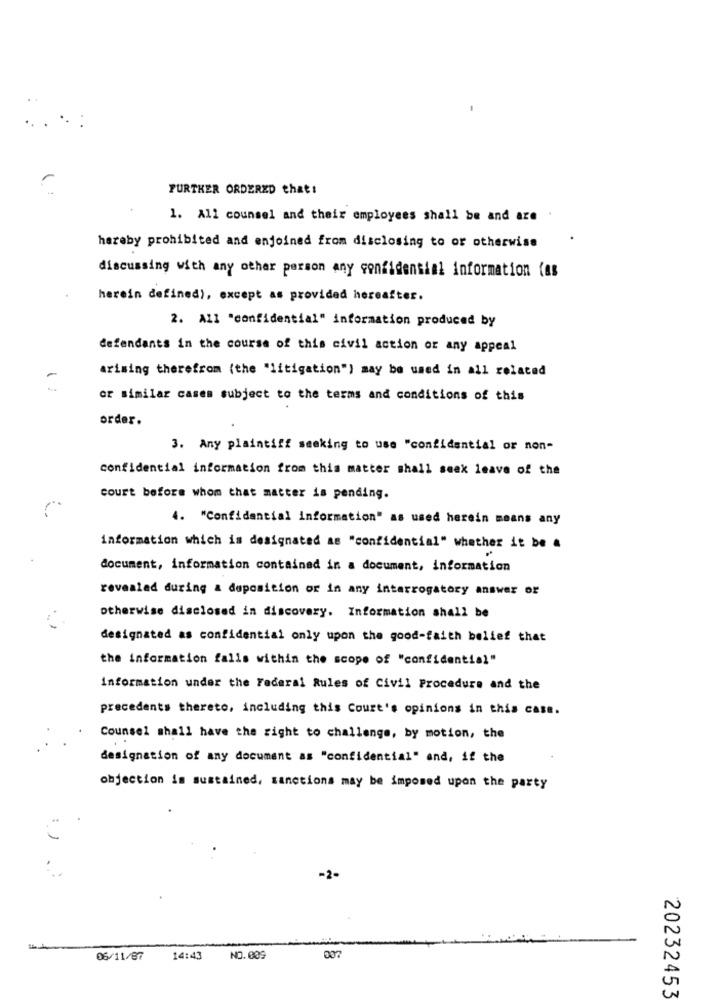
FURTHER ORDERED that!
1. All counsel and their employees shall be and are .
hereby prohibited and enjoined from disclosing to or otherwise
discussing with any other person any confidential information (as
herein defined), except as provided hereafter.
2. All "confidential" information produced by
defendants in the course of this civil action or any appeal
arising therefrom (the "litigation") may be used in all related
1
or similar cases subject to the terms and conditions of this
order.
3. Any plaintiff seeking to use "confidential or non-
confidential information from this matter shall seax leave of the
court bofors whom that matter is pending.
4. "Confidential information" as used herein means any
information which is designated as "confidential" whether it be #
document, information contained in a document, information
revealed during a deposition or in any interrogatory answer or
otherwise disclosed in discovery. Information shall be
designated as confidential only upon the good-faith belief that
the information falls within the scope of "confidential"
Information under the Federal Rules of Civil Procedure and the
precedents thereto, including this Court's opinions in this case.
Counsel shall have the right to challenge, by motion, the
designation of any document as "confidential" and, if the
objection im sustained, sanctions may be imposed upon the party
:
-2-
06/11/87
14:43
NO.009
007
20232453